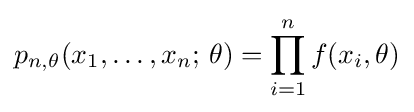
p_{n,\theta }(x_{1},\ldots ,x_{n};\,\theta )=\prod _{i=1}^{n}f(x_{i},\theta )